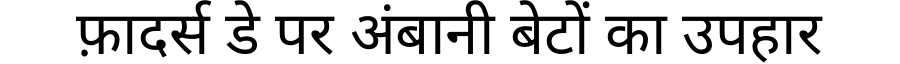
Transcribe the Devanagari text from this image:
फ़ादर्स डे पर अंबानी बेटों का उपहार